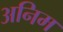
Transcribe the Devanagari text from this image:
अनिम